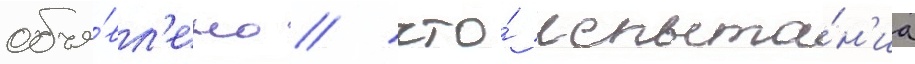
объя́вл'ено / что́ испыта́н'иа